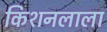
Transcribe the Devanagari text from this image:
किशनलाला